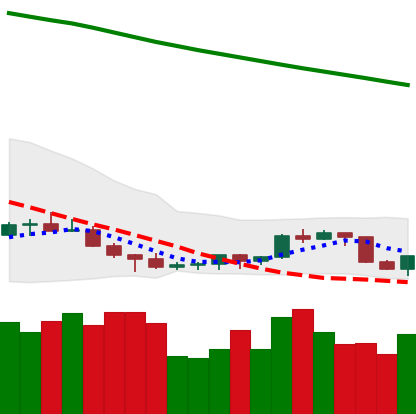
Ticker: NEO-USD
Chart end date: 2022-07-13
Forward return: 22.504%
Label: up_7plus